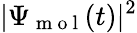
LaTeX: |\Psi_{\mathrm{~m~o~l~}}(t)|^{2}